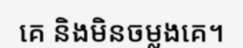
គេ និងមិនចម្លងគេ។